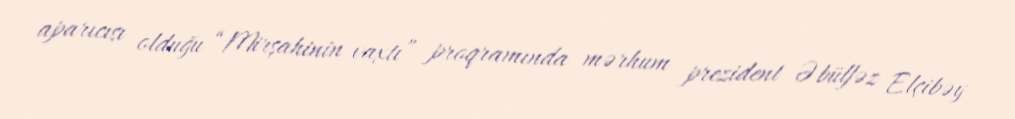
aparıcısı olduğu “Mirşahinin vaxtı” proqramında mərhum prezident Əbülfəz Elçibəy